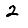
Digit: 2